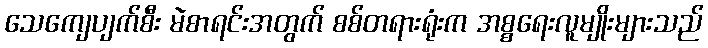
သေကျေပျက်စီး မဲစာရင်းအတွက် စစ်တရားရုံးက အစ္စရေးလူမျိုးများသည်